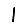
Digit: 1